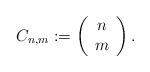
LaTeX: \begin{align*}C_{n,m}:=\left(\begin{array}{cc}n\\m\end{array}\right).\end{align*}